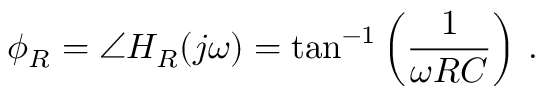
\phi _ { R } = \angle H _ { R } ( j \omega ) = \tan ^ { - 1 } \left( { \frac { 1 } { \omega R C } } \right) \, .